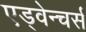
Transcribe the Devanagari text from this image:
एड्वेन्चर्स